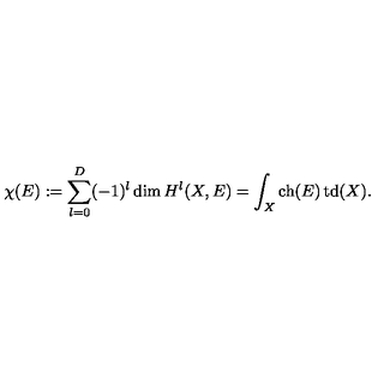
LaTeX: \chi ( E ) : = \sum _ { l = 0 } ^ { D } ( - 1 ) ^ { l } \dim { H } ^ { l } ( X , E ) = \int _ { X } \mathop { \mathrm { c h } } ( E ) \mathop { \mathrm { t d } } ( X ) .